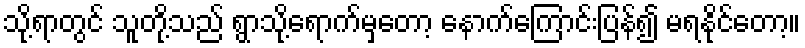
သို့ရာတွင် သူတို့သည် ရွာသို့ရောက်မှတော့ နောက်ကြောင်းပြန်၍ မရနိုင်တော့။